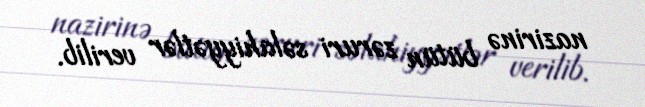
nazirinə bütün zəruri səlahiyyətlər verilib.